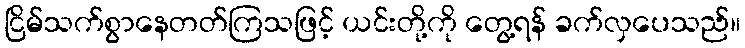
ငြိမ်သက်စွာနေတတ်ကြသဖြင့် ယင်းတို့ကို တွေ့ရန် ခက်လှပေသည်။